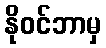
နိုဝင်ဘာမှ